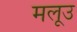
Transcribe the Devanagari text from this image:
मलूउ